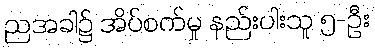
ညအခါ၌ အိပ်စက်မှု နည်းပါးသူ ၅-ဦး